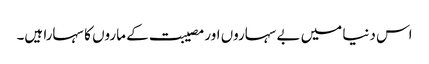
اس دنیا میں بے سہاروں اور مصیبت کے ماروں کا سہارا ہیں۔